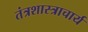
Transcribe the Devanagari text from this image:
तंत्रशास्त्राचार्य